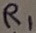
Text: R1